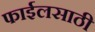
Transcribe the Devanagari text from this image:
फाईलसाठी